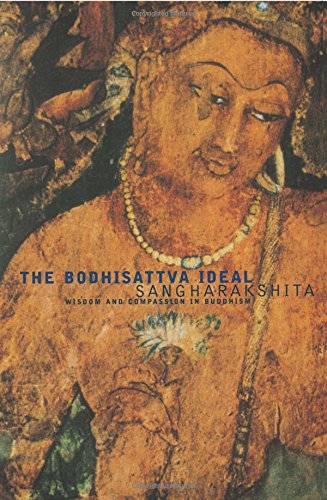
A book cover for The Bodhisattva Ideal : Wisdom and Compassion in Buddhism; Sangharakshita; Religion & Spirituality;